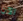
الآن